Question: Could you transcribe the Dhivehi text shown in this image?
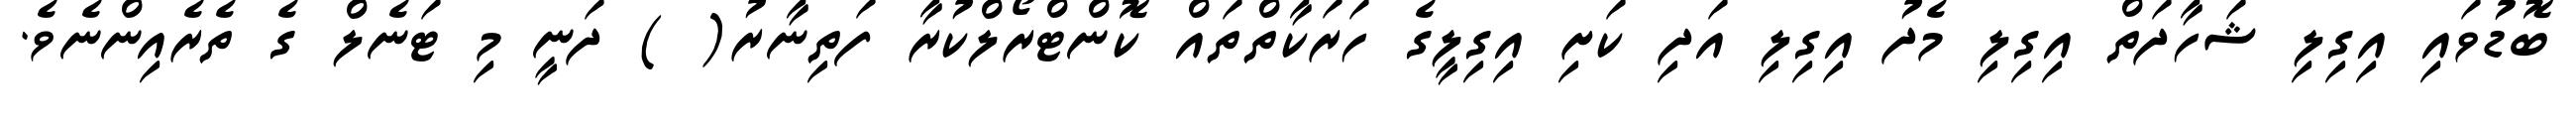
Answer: ބޮޑުވައި އިގިލި ޝަހާދަތް އިގިލި މެދު އިގިލި އަދި ކަށި އިގިލީގެ ހަރަކާތްތައް ކޮންޓްރޯލްކުރާ ފަތިނާރު( ) ދަނީ މި ޓަނެލް ގެ ތެރެއިންނެވެ.